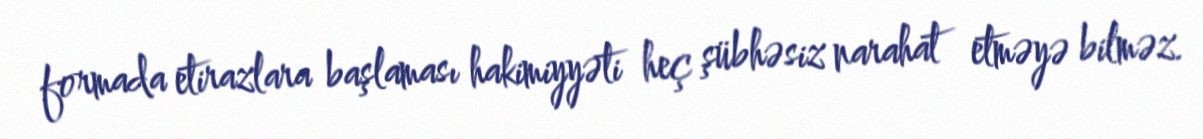
formada etirazlara başlaması hakimiyyəti heç şübhəsiz narahat etməyə bilməz.